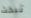
تبحث